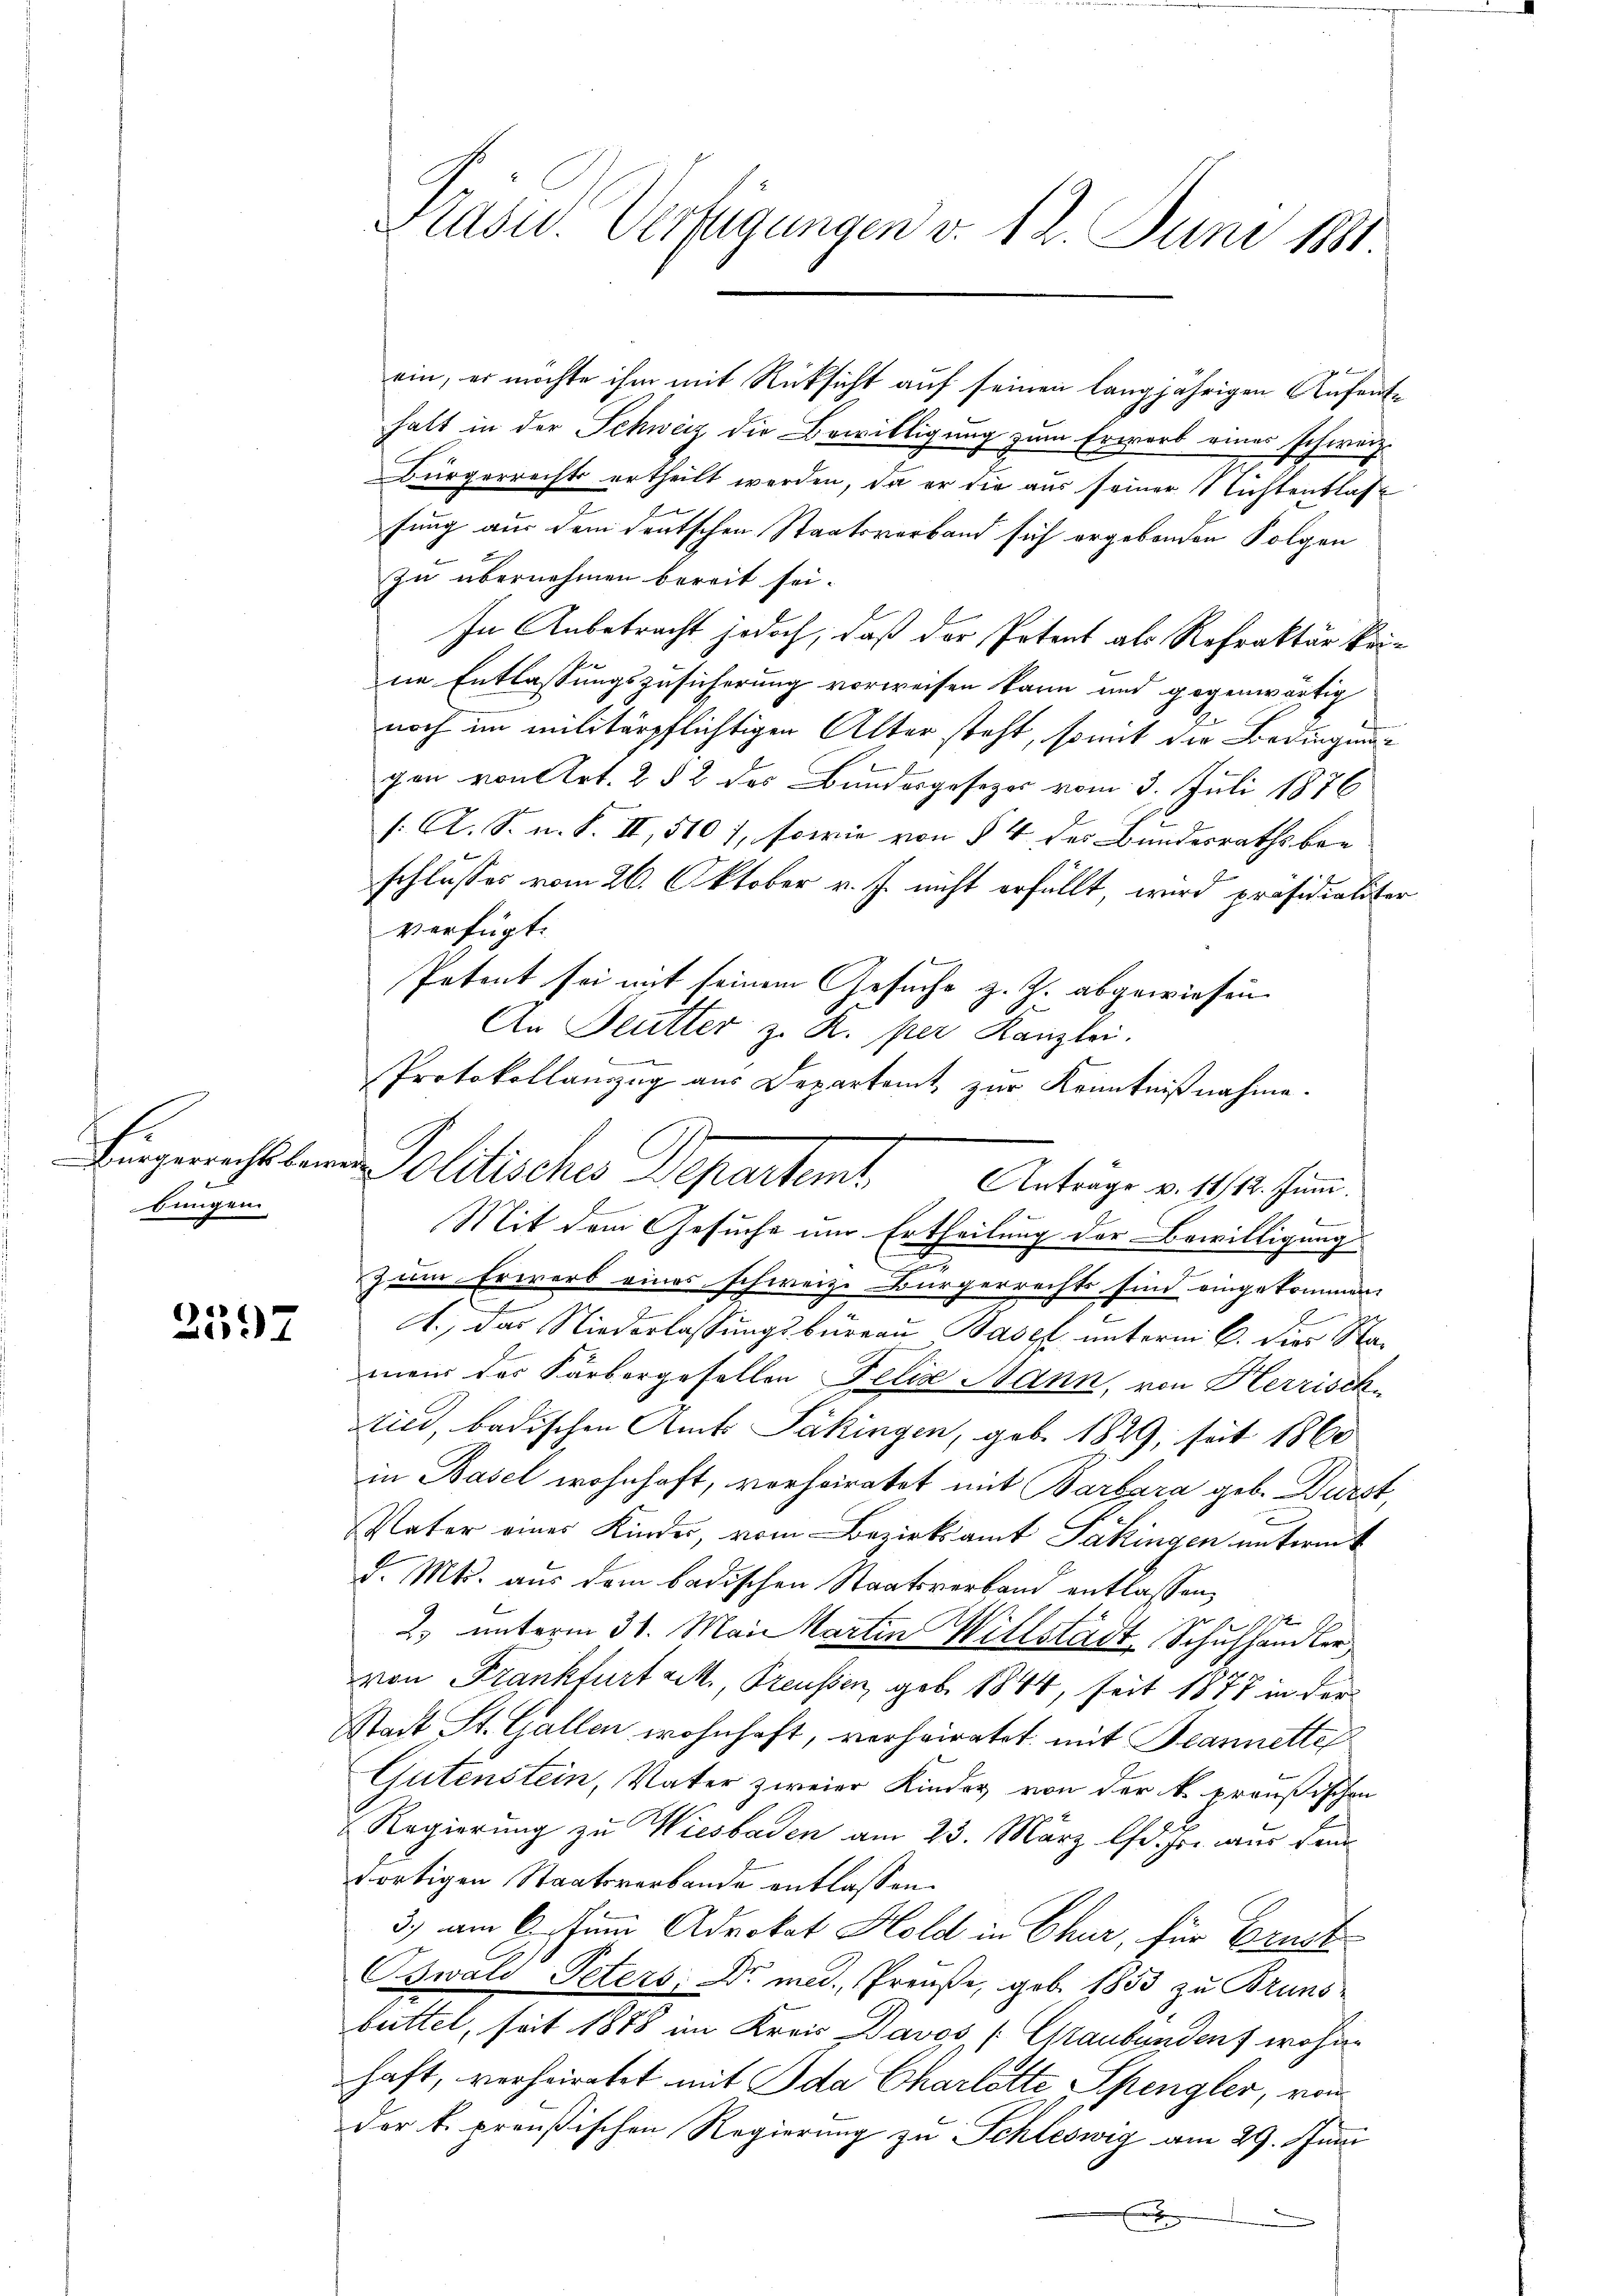
bungen.

2597

Präsid. Verfügungen v. 12. Juni 1881

halt in der Schweiz die Bewilligung zum Erwarb eines schweiz.
Bürgerrechts ertheilt werden, da er die aus seiner Nichtentlaß
fung aus dem deutschen Staatsverband sich ergebenden Folgen
zu übernehmen bereit sei.
In Anbetracht jedoch, daß der Petent als Refraktär keine Entlassungszusicherung vorweisen kann und gegenwärtig
noch im militärpflichtigen Alter steht, somit die Bedingung
s
pen von Art. 2 § 2 des Bundesgesezes vom 3. Juli 1876
f. A. S. n. F. II, 510 7, sowie von § 4 der Bundesraths be- |
schlusses vom 26. Oktober v. J. nicht erfüllt, wird präsidialiter
verfügt:
Petent sei mit seinem Gesuche z. Z. abgewiesen
An Deutter z. K. per Kanzlei.
Protokollanzug aus Departamt zur Kenntnißnahme.
Mit dem Gesuche um Ertheilung der Bewilligung
zum Erwerb eines schweiz. Bürgerrechts sind eingekommen.
A., das Niederlassŭngsbureau Basel unterm 6. dies Samein des Färbergesellen Felix Mann, von Herrisch-
Ried, badischen Amts Säkingen, geb. 1829, seit 1860
in Basel wohnhaft, vorheiratet mit Barbara geb. Bürst,
u
Vater eines Kinder, vom Bezirksamt Pakingen untermit
d. Mts. aus dem badischen Staatsverband entlassen,
4
1
2. unterm 31. Mai Martin Willstadt, Schulhandler

von Frankfurt 2., Preussen, geb. 1844, seit 1871 in der
Stadt St. Gallen wohnhaft, verheiratet, mit Beannette
Gutenstein, Vater zweier Kinder von der k. preußischen
Regierung zu Wiesbaden am 23. März lfd. Js. aus dem
dortigen Staatsverbande entlassen.
3.) am 6. Juni Advokat Hold in Chur, für Ernst
Oswald Peters, Dr. med. Preuße, geb. 1853 zu Brunsbüttel, seit 1878 im Kreis Davos (Graubünden, wohin
haft, verheiratet mit Ida Charlotte Spengler, von
der k. preußischen Regierung zu Schleswig am 29. Juni
x
x

Eingerechtler Politische Departemt

ein, er möchte ihm mit Rücksicht auf seinen langjährigen Aufent¬

Anträge v. 11/12. Juni.